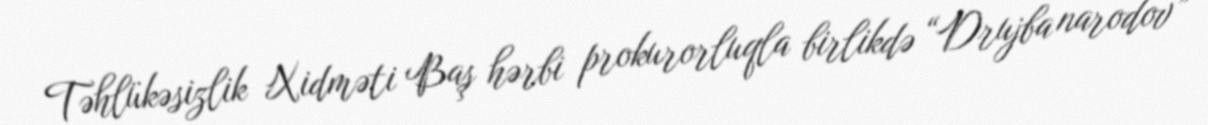
Təhlükəsizlik Xidməti Baş hərbi prokurorluqla birlikdə “Drujba narodov”